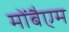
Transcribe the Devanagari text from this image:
मोंबैएम